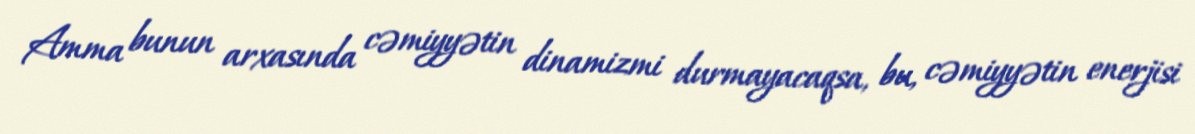
Amma bunun arxasında cəmiyyətin dinamizmi durmayacaqsa, bu, cəmiyyətin enerjisi